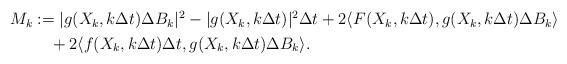
LaTeX: \begin{align*}\aligned M_k&:=|g(X_{k},k\Delta t)\Delta B_k|^2-|g(X_{k},k\Delta t)|^2\Delta t+2\langle F(X_{k},k\Delta t),g(X_{k},k\Delta t)\Delta B_k\rangle\\&\quad+2\langle f(X_{k},k\Delta t)\Delta t,g(X_{k},k\Delta t)\Delta B_k\rangle.\endaligned\end{align*}